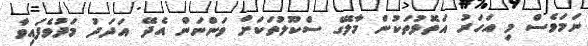
ނަމަވެސް މި އަހަރު އަތޮޅުތަކުން މާލޭގެ ސްކޫލުތަކަށް ވަންނަން އެދޭ އަދަދު މަދުވެފައިވާ